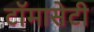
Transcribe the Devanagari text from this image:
टाॅमासेटी